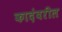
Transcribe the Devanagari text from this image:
कादंबरील